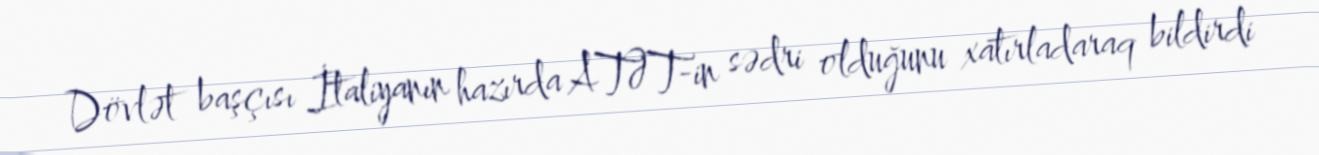
Dövlət başçısı İtaliyanın hazırda ATƏT-in sədri olduğunu xatırladaraq bildirdi